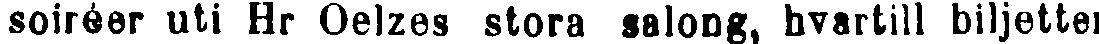
soiréer uti Hr Oelzes stora salong, hvartill biljetter